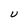
Character: U